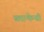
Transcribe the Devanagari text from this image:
ब्लान्केन्सी